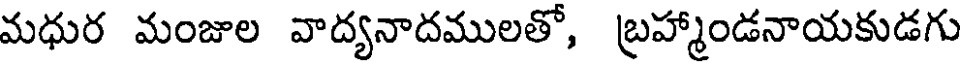
మధుర మంజుల వాద్యనాదములతో, బ్రహ్మాండనాయకుడగు